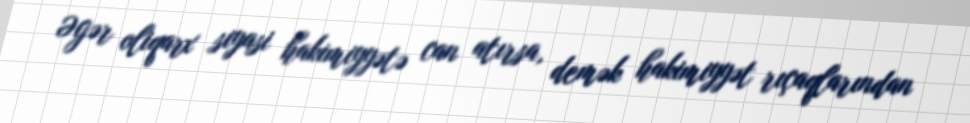
Əgər oliqarx siyasi hakimiyyətə can atırsa, demək hakimiyyət rıçaqlarından